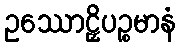
ဥဿောဠှိပဉ္စမာနံ